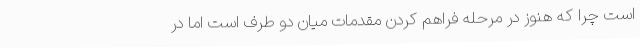
است چرا که هنوز در مرحله فراهم کردن مقدمات میان دو طرف است اما در